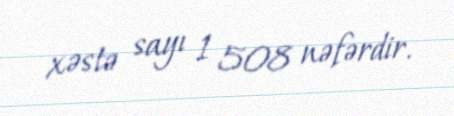
xəstə sayı 1 508 nəfərdir.